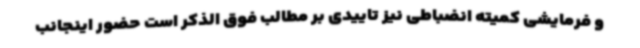
و فرمایشی کمیته انضباطی نیز تاییدی بر مطالب فوق الذکر است حضور اینجانب